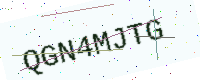
Text: QGN4MJTG